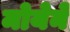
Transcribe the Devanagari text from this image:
मोयेने